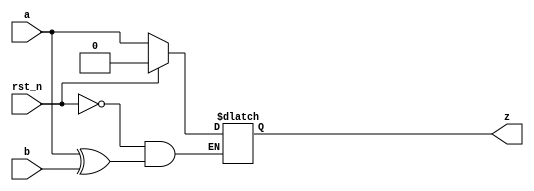
`timescale 1ns / 1ps



module muler_c(
input a,
input b,
input rst_n,
output reg z
    );
always @(*)
    begin
        if(rst_n)
            z<=1'b0;
         else
             z<=(a^b)?z:a;
     end

endmodule